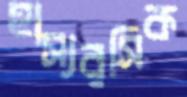
হাস্যরসিক